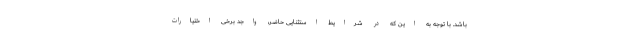
باشد. با توجه به این که در شرایط استثنایی حاضر، واجد برخی اختیارات